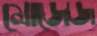
মোজেজ